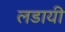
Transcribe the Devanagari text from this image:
लडायी